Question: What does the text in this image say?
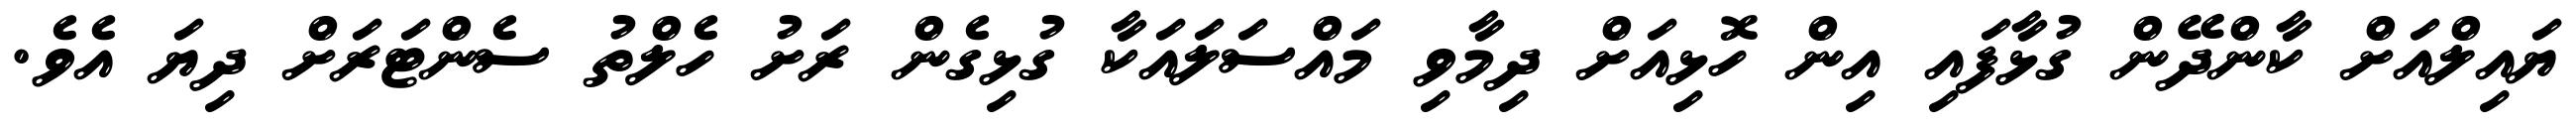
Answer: ޔައިލްއަށް ކާންދޭން ގުޅާފައި އިން ހޮޅިއަށް ދިމާވި މައްސަލައަކާ ގުޅިގެން ރަށު ހެލްތު ސެންޓަރަށް ދިޔަ އެވެ.